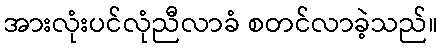
အားလုံးပင်လုံညီလာခံ စတင်လာခဲ့သည်။